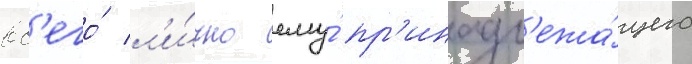
вс'его́ л'и́чно ему́ пр'инадл'ежа́щего